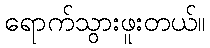
ရောက်သွားဖူးတယ်။